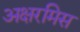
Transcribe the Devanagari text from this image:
अक्षरमिस